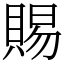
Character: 賜